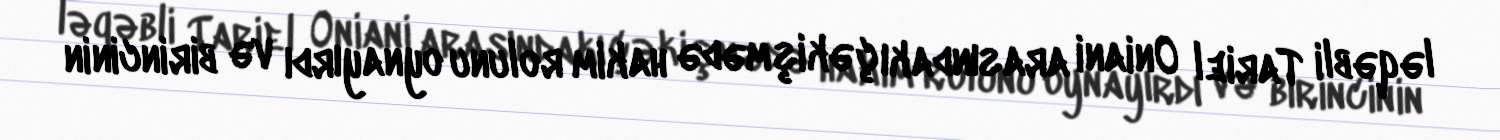
ləqəbli Tariel Oniani arasındakı çəkişmədə hakim rolunu oynayırdı və birincinin